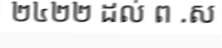
២៤២២ ដល់ ព .ស